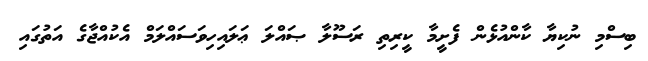
ބިސްމި ނުކިޔާ ކާންއުޅެން ފެށީމާ ކީރިތި ރަސޫލާ ޞައްލަ ޢަލައިހިވަސައްލަމް އެކުއްޖާގެ އަތުގައި